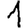
Digit: 1